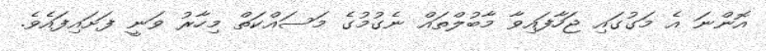
އޮންނަ އެ މަގުގައި ޖަހާފައިވާ މާބުލްތައް ނެގުމުގެ މަސައްކަތް މިހާރު ވަނީ ފަށައިފައެވެ.